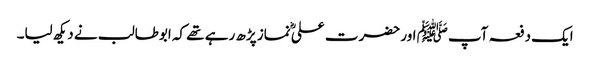
ایک دفعہ آپﷺ اور حضرت علیؓ نماز پڑھ رہے تھے کہ ابوطالب نے دیکھ لیا۔